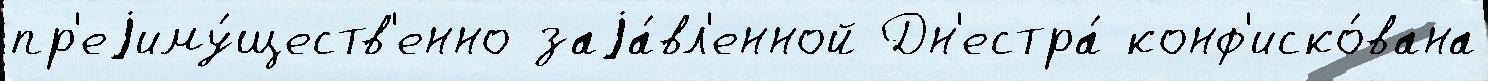
пр'еjиму́ществ'енно заjа́вл'енной Дн'естра́ конф'иско́вана